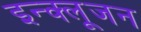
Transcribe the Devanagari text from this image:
इन्क्लूजन